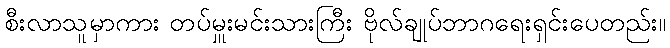
စီးလာသူမှာကား တပ်မှူးမင်းသားကြီး ဗိုလ်ချုပ်ဘာဂရေးရှင်းပေတည်း။